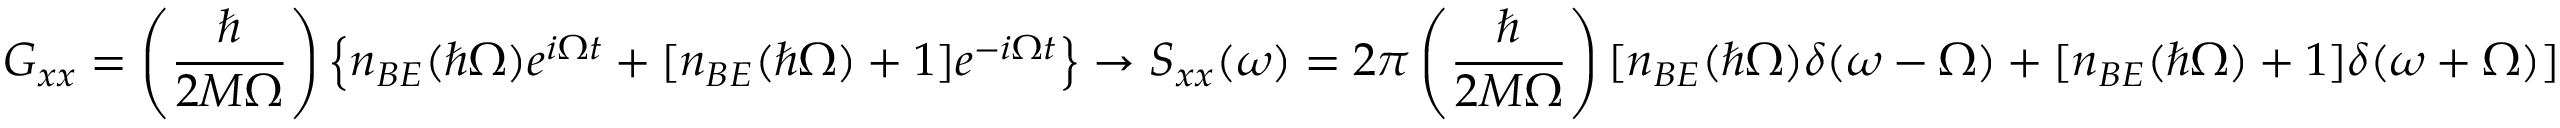
G _ { x x } = \left( { \frac { \hbar } { 2 M \Omega } } \right) \left\{ n _ { B E } ( \hbar \Omega ) e ^ { i \Omega t } + [ n _ { B E } ( \hbar \Omega ) + 1 ] e ^ { - i \Omega t } \right\} \to S _ { x x } ( \omega ) = 2 \pi \left( { \frac { \hbar } { 2 M \Omega } } \right) [ n _ { B E } ( \hbar \Omega ) \delta ( \omega - \Omega ) + [ n _ { B E } ( \hbar \Omega ) + 1 ] \delta ( \omega + \Omega ) ]